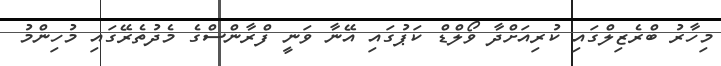
މިހާރު ބްރެޒިލްގައި ކުރިއަށްދާ ވޯލްޑް ކަޕުގައި އޭނާ ވަނީ ފްރާންސްގެ މެދުތެރޭގައި މުހިންމު